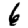
Digit: 6